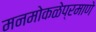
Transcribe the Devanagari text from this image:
मनमोकळेप्रमाणे